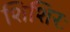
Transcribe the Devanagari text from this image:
शिशिरः